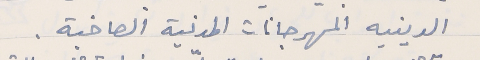
الدينيه المهرجانات المدنية الصاخبة.